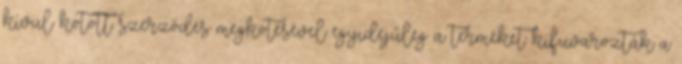
kívül kötött szerződés megkötésével egyidejűleg a terméket kifuvarozták a